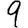
Digit: 9